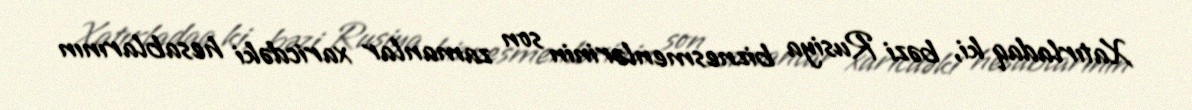
Xatırladaq ki, bəzi Rusiya biznesmenlərinin son zamanlar xaricdəki hesablarının